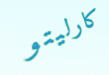
كارليتو